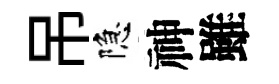
吊隐神雖